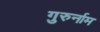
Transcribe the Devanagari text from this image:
गुरुर्नाम